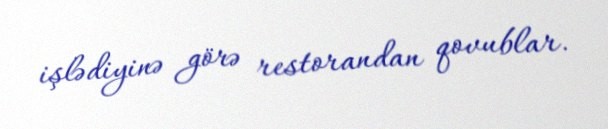
işlədiyinə görə restorandan qovublar.